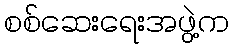
စစ်ဆေးရေးအဖွဲ့က